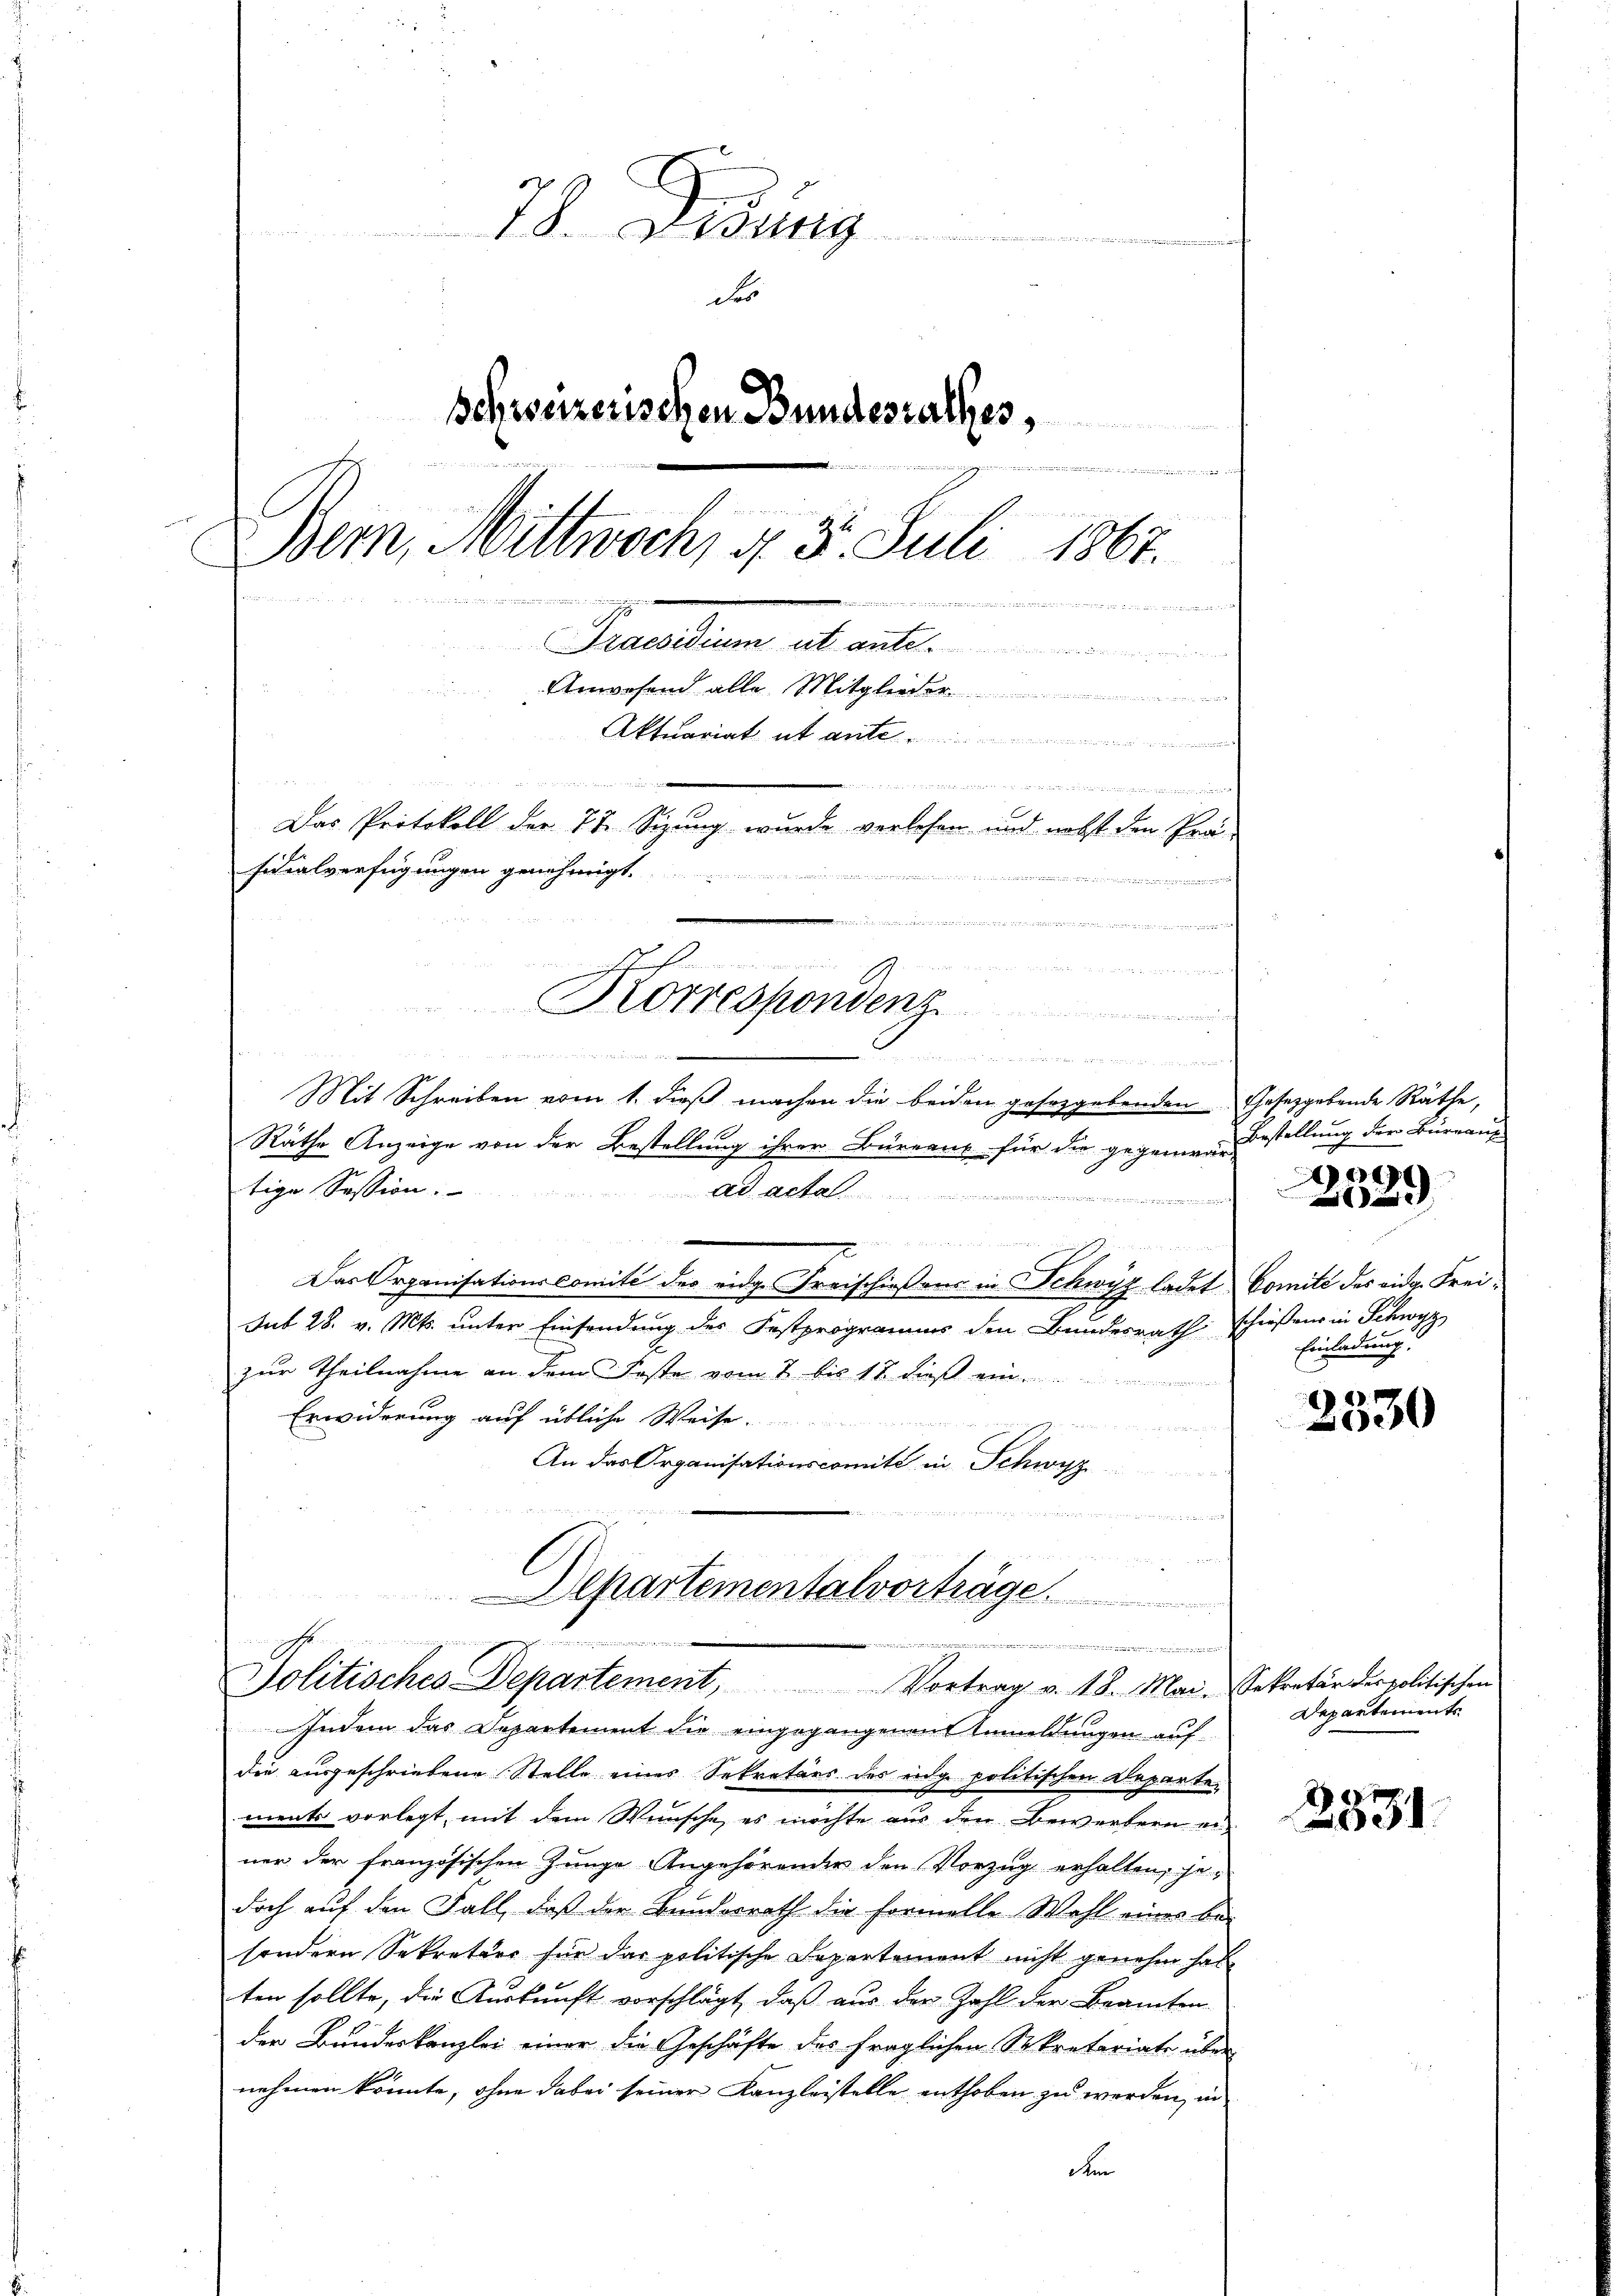
75. Jung
des
Schweizerischen Bundesrathes,

s
Bern, Mittwoch, § 5. Juli 1861.
.
1
 ittelte man werden sie vorhanderen wie er
Draesidium ab ant
Anwesend alle Mitgleiches
Aktuariat et ante
mnen gegen sie ich
Das Protokoll der 72 Sizung wurde verlesen und nebst den Präsidialverfügungen genehmigt.

.

Mit Schreiben vom 1. dieß machen die beiden gesezgebenden Gesetzgebende Räthe,
Räthe Anzeige von der Bestellung ihrer Büreaus für die gegenwarstellung der Büreaus
tige Session.
.
nini ein sein Kinden einen und der
d

Das Organisationscomité des eidge Freischießens in Schwyz ladet Comité des eidg. Freisub 28. v. Mts. unter Einsendung des Festprogramms den Bundesrath schießen in Schwyz
zur Theilnahme an dem Koste vom 2. bis 18. dieß ein
Erwiderung auf übliche Weise.
n
An das Organisationscomité in Schwyz
  die in ich die ich den sich

Departementalvorträge.

inchen mein
a         denen er in seinen als zu sch
Korrespondenz
u
14 Wochen die weiten geht den der
 en an eine an die in der wenn

.
e
Solitisches Departement, Vortrag v. 18. Mai. Sekretär des politischen

Indem das Departement die eingegangenen Anmeldungen auf-
die ausgeschriebene Stelle einer Sekretärs des eige politischen Departement vorlegt, mit dem Wunsche, es möchte aus den Bewerkern er
ner der französischen Junge Angehörender den Vorzug erhalten, jedoch auf den Fall, daß der Bundesrath die formelle Wohl eines be-
sondern Sekretär für das politische Departement nicht genehm hat
ten sollte, die Auskunft vorschlägt, daß aus der Zahl der Beamten
der Bundeskanzlei einer die Geschäfte des fraglichen Sekretariate über
nehmen könnte, ohne dabei seiner Kanzleistelle enthoben zu werden, in
dem

0
22

Einladung.

2
2000

Departements

2331.